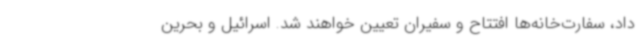
داد، سفارت‌خانه‌ها افتتاح و سفیران تعیین خواهند شد. اسرائیل و بحرین